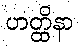
ဟတ္ထိနာ